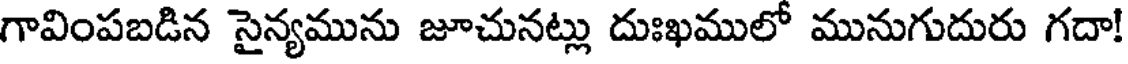
గావింపబడిన సైన్యమును జూచునట్లు దుఃఖములో మునుగుదురు గదా!